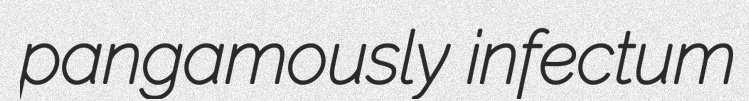
pangamously infectum